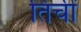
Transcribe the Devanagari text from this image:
तिचीं